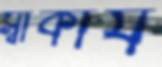
স্বীকার্য